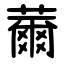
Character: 薾